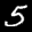
Label: 5